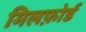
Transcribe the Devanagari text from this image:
मिलफ़ोर्ड